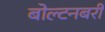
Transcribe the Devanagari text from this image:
बोल्टनबरी